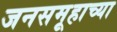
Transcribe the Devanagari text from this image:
जनसमूहाच्या